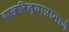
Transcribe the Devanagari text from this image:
दाखविल्याप्रामाणे